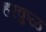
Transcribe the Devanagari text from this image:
हरकुळ